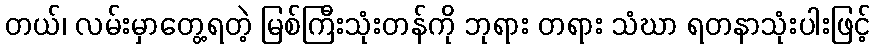
တယ်၊ လမ်းမှာတွေ့ရတဲ့ မြစ်ကြီးသုံးတန်ကို ဘုရား တရား သံဃာ ရတနာသုံးပါးဖြင့်